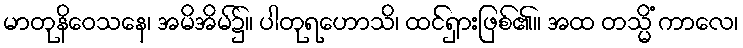
မာတုနိဝေသနေ၊ အမိအိမ်၌။ ပါတုရဟောသိ၊ ထင်ရှားဖြစ်၏။ အထ တသ္မိံ ကာလေ၊